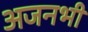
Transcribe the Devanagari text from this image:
अजनभी